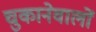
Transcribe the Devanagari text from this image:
चुकानेवालों